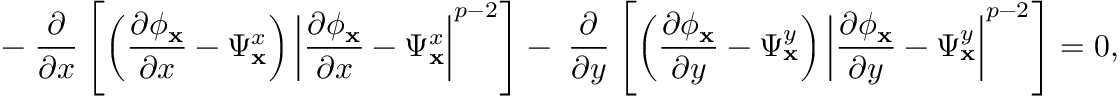
- \; \frac { \partial } { \partial x } \left[ \left( \frac { \partial \phi _ { \mathbf { x } } } { \partial x } - \Psi _ { \mathbf { x } } ^ { x } \right) \left\lvert \frac { \partial \phi _ { \mathbf { x } } } { \partial x } - \Psi _ { \mathbf { x } } ^ { x } \right\rvert ^ { p - 2 } \right] - \; \frac { \partial } { \partial y } \left[ \left( \frac { \partial \phi _ { \mathbf { x } } } { \partial y } - \Psi _ { \mathbf { x } } ^ { y } \right) \left\lvert \frac { \partial \phi _ { \mathbf { x } } } { \partial y } - \Psi _ { \mathbf { x } } ^ { y } \right\rvert ^ { p - 2 } \right] = 0 ,